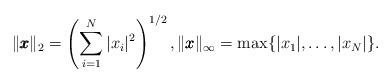
LaTeX: \begin{align*}\|\pmb{x}\|_2=\left(\sum_{i=1}^N|x_i|^2\right)^{1/2}, \|\pmb{x}\|_\infty=\max\{|x_1|,\ldots,|x_N|\}.\end{align*}